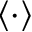
\langle \cdot \rangle